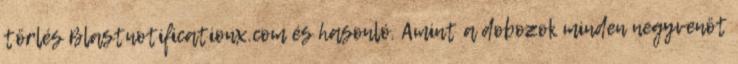
törlés Blastnotificationx.com és hasonló. Amint a dobozok minden negyvenöt